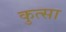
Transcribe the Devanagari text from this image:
कुत्सा